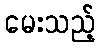
မေးသည့်